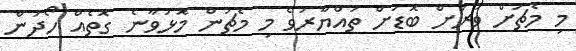
މި މެޗަށް ވަރަށް ބޮޑަށް ތައްޔާރުވެ މި މެޗުން މޮޅުވާނެ ގޮތެއް ހޯދަން